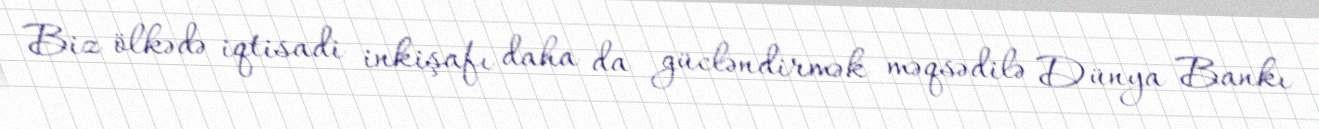
Biz ölkədə iqtisadi inkişafı daha da gücləndirmək məqsədilə Dünya Bankı